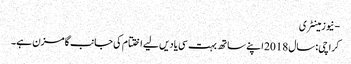
- نیوزمینٹری
کراچی: سال 2018 اپنے ساتھ بہت سی یادیں لیے اختتام کی جانب گامزن ہے۔